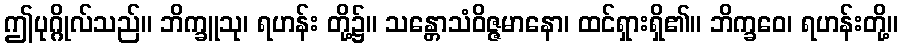
ဤပုဂ္ဂိုလ်သည်။ ဘိက္ခူသု၊ ရဟန်း တို့၌။ သန္တောသံဝိဇ္ဇမာနော၊ ထင်ရှားရှိ၏။ ဘိက္ခဝေ၊ ရဟန်းတို့။